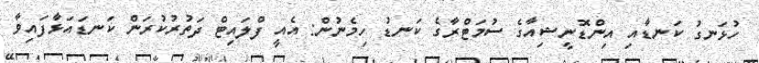
ހުޅަނގު ކަނޑާއި އިންޑޮނީޝިއާގެ ސުމަޓްރާގެ ކަނޑު ހިމެނުން: އެއީ ފްލައިޓް ދަތުރުކުރަން ކަނޑައަޅާފައިވާ